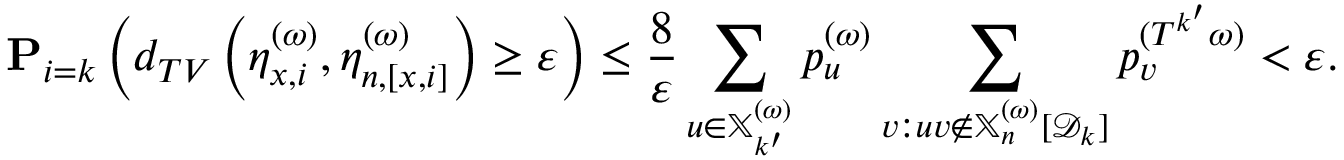
\mathbf P _ { i = k } \left( d _ { T V } \left( \eta _ { x , i } ^ { ( \omega ) } , \eta _ { n , [ x , i ] } ^ { ( \omega ) } \right) \geq \varepsilon \right) \leq \frac { 8 } { \varepsilon } \sum _ { u \in \mathbb { X } _ { k ^ { \prime } } ^ { ( \omega ) } } p _ { u } ^ { ( \omega ) } \sum _ { v : u v \notin \mathbb { X } _ { n } ^ { ( \omega ) } [ { \mathcal D } _ { k } ] } p _ { v } ^ { ( T ^ { k ^ { \prime } } \omega ) } < \varepsilon .